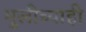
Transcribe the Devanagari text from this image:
मुलीच्याही